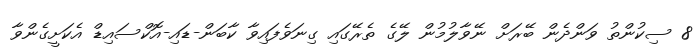
8 ސިކުންތު ވަންދެން ބޭރަށް ނޭވާލުމުން ލޭގެ ތެރޭގައި ގިނަވެފައިވާ ކާބަން-ޑައި-އޮކްސައިޑް އެކަށީގެންވާ